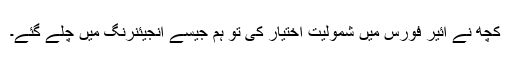
کچھ نے ائیر فورس میں شمولیت اختیار کی تو ہم جیسے انجیئنرنگ میں چلے گئے۔